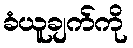
ခံယူချက်ကို